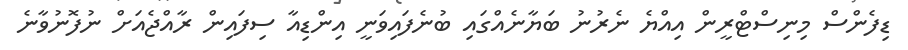
ޑިފެންސް މިނިސްޓްރީން އިއްޔެ ނެރުނު ބަޔާނެއްގައި ބުނެފައިވަނީ އިންޑިއާ ސިފައިން ރާއްޖެއަށް ނުފޮނުވާނެ